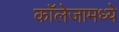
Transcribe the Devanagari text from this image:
कॉलेजामध्ये